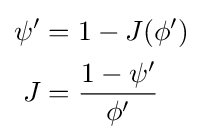
{\begin{aligned}\psi '&=1-J(\phi ')\,\\J&={\frac {1-\psi '}{\phi '}}\end{aligned}}